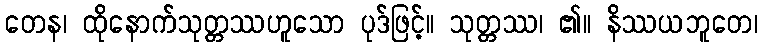
တေန၊ ထိုနောက်သုတ္တဿဟူသော ပုဒ်ဖြင့်။ သုတ္တဿ၊ ၏။ နိဿယဘူတေ၊